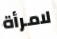
لامرأة